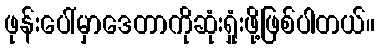
ဖုန်းပေါ်မှာဒေတာကိုဆုံးရှုံးဖို့ဖြစ်ပါတယ်။